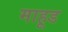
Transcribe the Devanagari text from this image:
माहूड